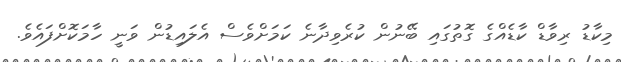
މިކާޑު ރިވާޑް ކާޑެއްގެ ގޮތުގައި ބޭނުން ކުރެވިދާނެ ކަމަށްވެސް އެލައިޑުން ވަނީ ހާމަކޮށްފައެވެ.